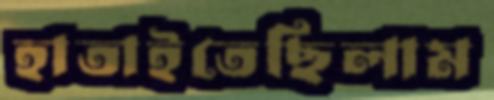
হাতাইতেছিলাম